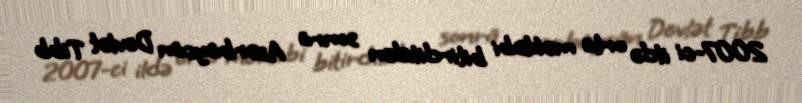
2007-ci ildə orta məktəbi bitirdikdən sonra Azərbaycan Dövlət Tibb